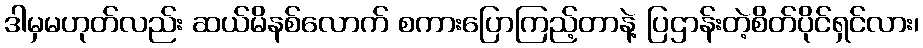
ဒါမှမဟုတ်လည်း ဆယ်မိနစ်လောက် စကားပြောကြည့်တာနဲ့ ပြဌာန်းတဲ့စိတ်ပိုင်ရှင်လား၊